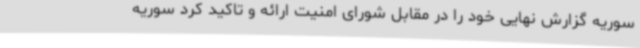
سوریه گزارش نهایی خود را در مقابل شورای امنیت ارائه و تاکید کرد سوریه